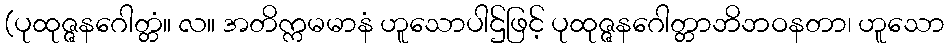
(ပုထုဇ္ဇနဂေါတ္တံ။ လ။ အတိက္ကမမာနံ ဟူသောပါဌ်ဖြင့် ပုထုဇ္ဇနဂေါတ္တာဘိဘဝနတာ၊ ဟူသော